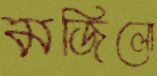
মজিলো